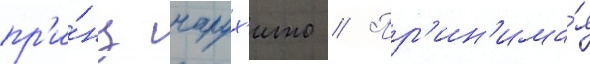
пр'и́нц нарух'ито // Пр'ин'има́я